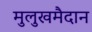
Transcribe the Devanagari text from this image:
मुलुखमैदान